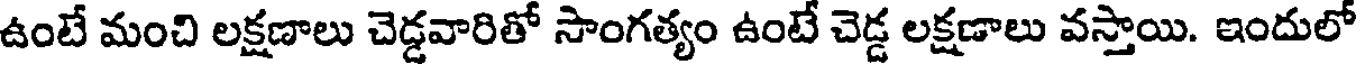
ఉంటే మంచి లక్షణాలు చెడ్డవారితో సాంగత్యం ఉంటే చెడ్డ లక్షణాలు వస్తాయి. ఇందులో